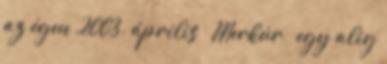
az égen 2003. április – Merkúr — egy alig